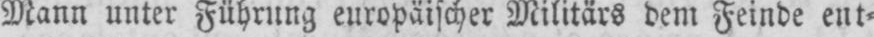
Mann unter Führung europäischer Militärs dem Feinde ent⸗